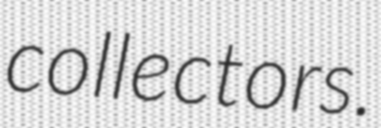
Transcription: collectors.